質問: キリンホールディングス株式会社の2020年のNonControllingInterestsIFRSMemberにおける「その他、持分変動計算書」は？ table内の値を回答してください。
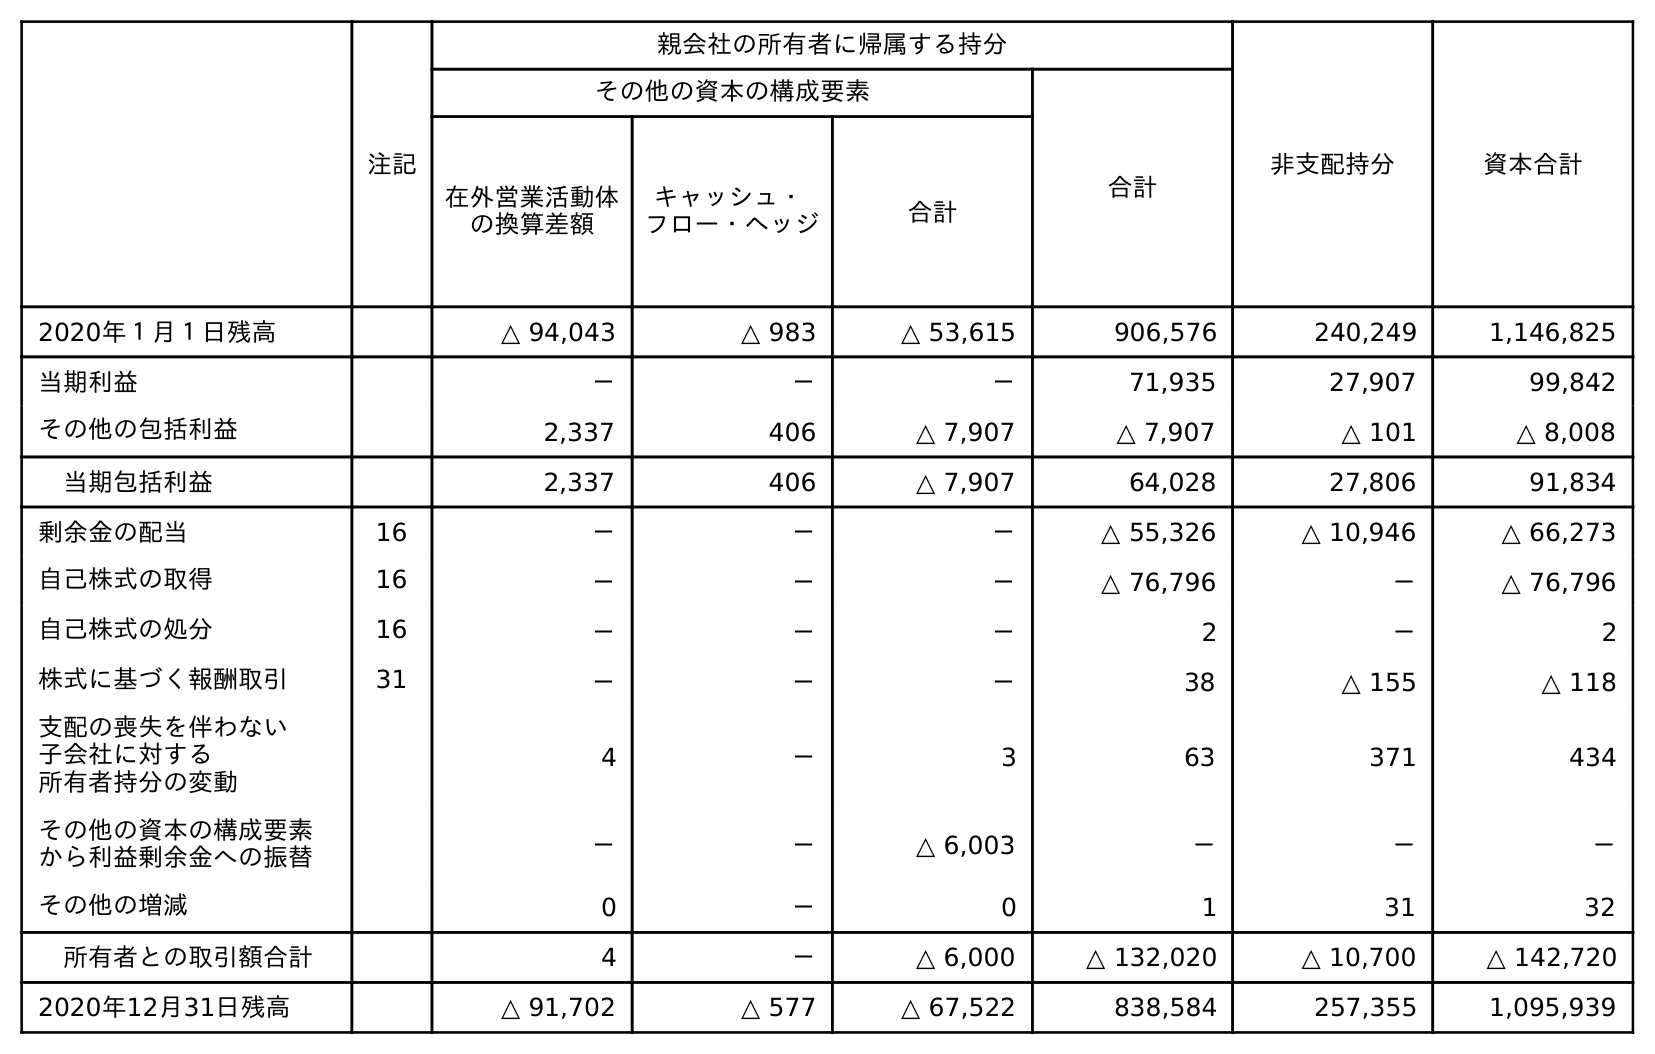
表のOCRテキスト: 注記 親会社の所有者に帰属する持分 非支配持分 資本合計 その他の資本の構成要素 合計 在外営業活動体 の換算差額 キャッシュ・ フロー・ヘッジ 合計 2020年１月１日残高 △ 94,043 △ 983 △ 53,615 906,576 240,249 1,146,825 当期利益 － － － 71,935 27,907 99,842 その他の包括利益 2,337 406 △ 7,907 △ 7,907 △ 101 △ 8,008 当期包括利益 2,337 406 △ 7,907 64,028 27,806 91,834 剰余金の配当 16 － － － △ 55,326 △ 10,946 △ 66,273 自己株式の取得 16 － － － △ 76,796 － △ 76,796 自己株式の処分 16 － － － 2 － 2 株式に基づく報酬取引 31 － － － 38 △ 155 △ 118 支配の喪失を伴わない 子会社に対する 所有者持分の変動 4 － 3 63 371 434 その他の資本の構成要素 から利益剰余金への振替 － － △ 6,003 － － － その他の増減 0 － 0 1 31 32 所有者との取引額合計 4 － △ 6,000 △ 132,020 △ 10,700 △ 142,720 2020年12月31日残高 △ 91,702 △ 577 △ 67,522 838,584 257,355 1,095,939
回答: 31